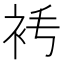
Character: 𧘧